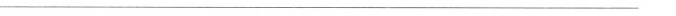
___